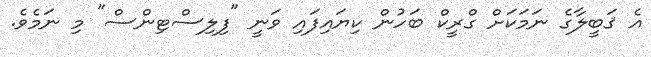
އެ ޤަބީލާގެ ނަމަކަށް ގްރީކް ބަހުން ކިޔައިފައި ވަނީ "ފިލިސްޓިންސް" މި ނަމެވެ.